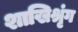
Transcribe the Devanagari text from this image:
शाखिश्रृंग